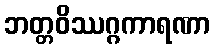
ဘတ္တဝိဿဂ္ဂကာရဏာ